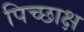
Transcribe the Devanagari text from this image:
पिच्छाक्ष